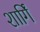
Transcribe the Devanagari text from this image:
शार्गिं